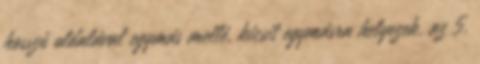
hosszú oldalával egymás mellé, kicsit egymásra helyezek, az 5.